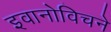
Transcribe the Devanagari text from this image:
इवानोविचने